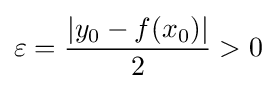
\varepsilon ={\frac {|y_{0}-f(x_{0})|}{2}}>0